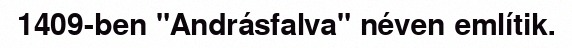
1409-ben "Andrásfalva" néven említik.